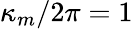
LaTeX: \kappa_{m}/2\pi=1